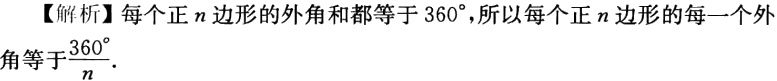
【解析】每个正\(n\)边形的外角和都等于\(360^{\circ}\)，所以每个正\(n\)边形的每一个外角等于\(\frac{360^{\circ}}{n}\).